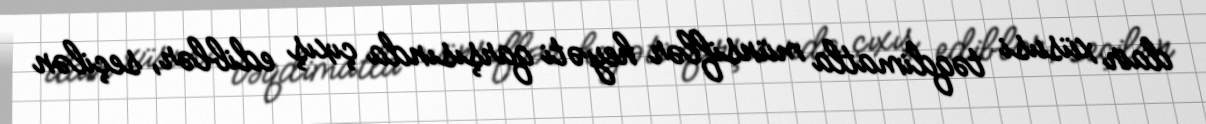
dair xüsusi təqdimatla münsiflər heyəti qarşısında çıxış ediblər, seçilən